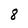
Character: 8